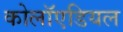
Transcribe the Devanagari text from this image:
कोलॉएडियल